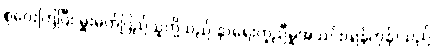
စုဝေးကြပြီး မှူးမတ်ပြည်သူတို့သည် နာရေးကူညီမှုအသင်း(ရန်ကုန်)သည်